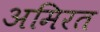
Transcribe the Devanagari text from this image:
अमिरत